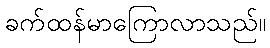
ခက်ထန်မာကြောလာသည်။